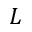
L